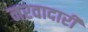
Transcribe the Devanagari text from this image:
नरवादारी